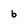
Character: 6